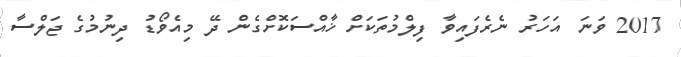
2017 ވަނަ އަހަރު ނެރެފައިވާ ފިލްމުތަކަށް ޚާއްސަކޮށްގެން ދޭ މިއެވޯޑު ދިނުމުގެ ޖަލްސާ